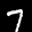
Label: 7